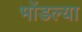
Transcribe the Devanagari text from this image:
भोंडल्या